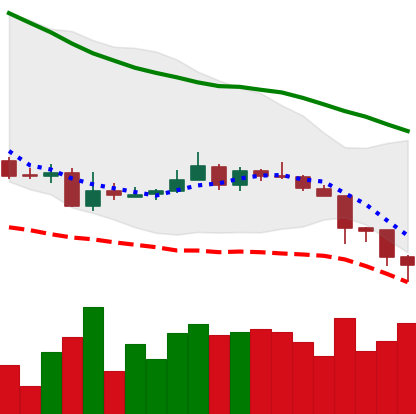
Ticker: XMR-USD
Chart end date: 2018-06-13
Forward return: 4.575%
Label: up_3_5